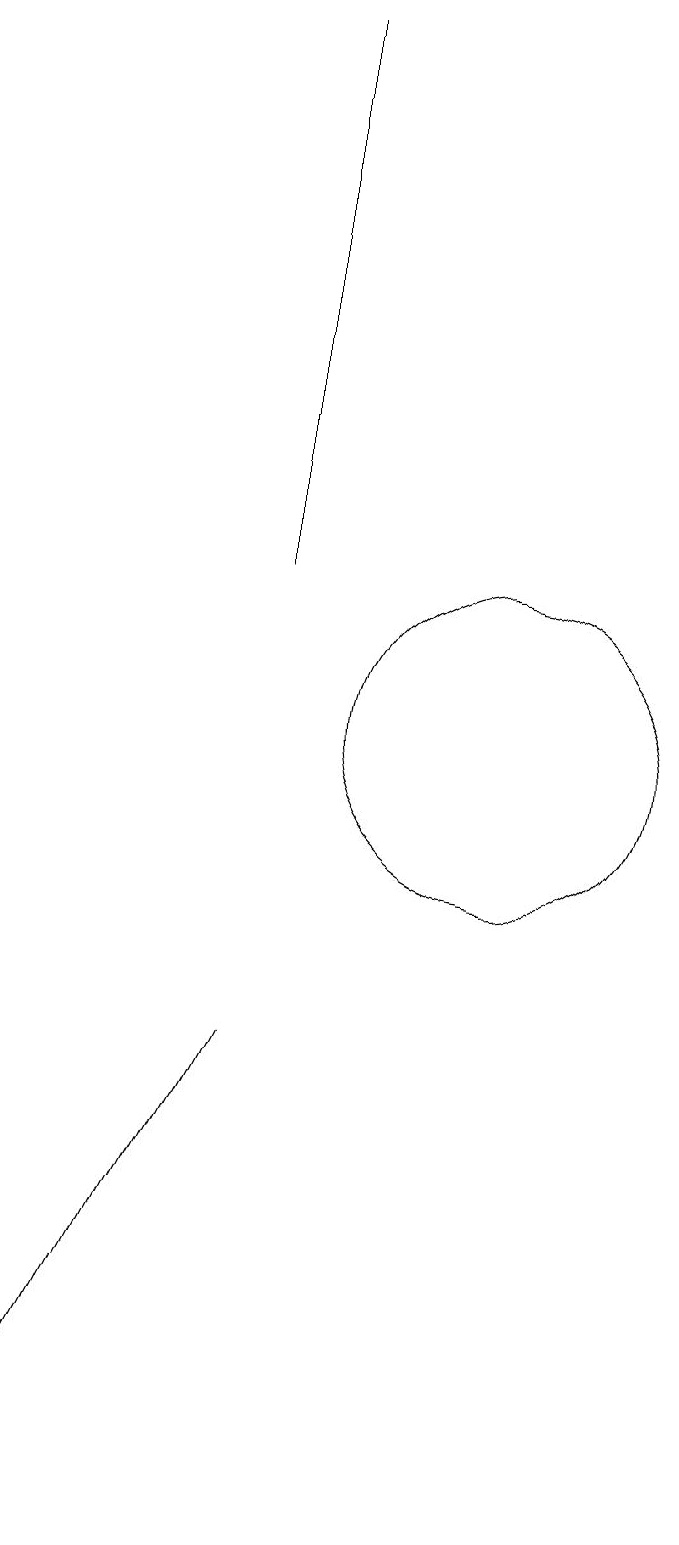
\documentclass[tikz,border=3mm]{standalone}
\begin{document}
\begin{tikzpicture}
\draw (7,2) -- (6,0) -- (9,6) -- cycle;
\draw (12,10) circle (2);
\draw (9,19) rectangle (9,12);
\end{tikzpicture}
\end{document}